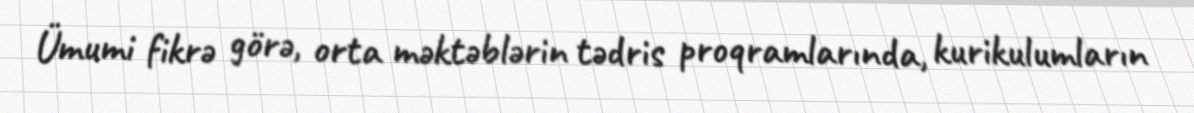
Ümumi fikrə görə, orta məktəblərin tədris proqramlarında, kurikulumların